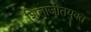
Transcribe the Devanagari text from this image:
शिलाजीतयुक्त